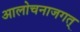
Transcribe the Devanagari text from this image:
आलोचनाजगत्